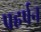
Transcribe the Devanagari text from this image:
प्रहर्षन